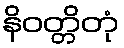
နိဝတ္တိတုံ